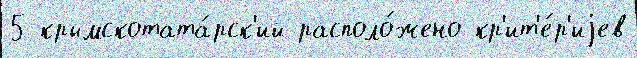
5 крымскотата́рск'ий располо́жено кр'ит'е́р'иjев